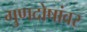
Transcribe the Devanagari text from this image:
गुणदोषांवर